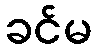
ခင်မ